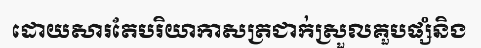
ដោយសារតែបរិយាកាសត្រជាក់ស្រួលគួបផ្សំនិង